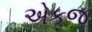
એકજ